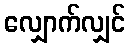
လျှောက်လျှင်